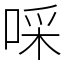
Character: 啋